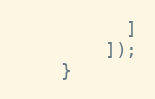
Language: PHP
          ]
        ]);
    }